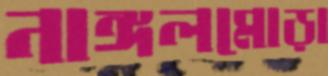
নাঙ্গলমোড়া